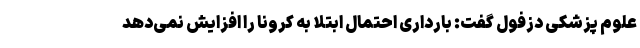
علوم پزشکی دزفول گفت: بارداری احتمال ابتلا به کرونا را افزایش نمی‌دهد